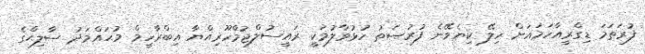
ފުރަތަމަ ޑިގްރީއާހަމައަށް ހިލޭ ކިޔެވޭނެ ފުރުޞަތު ހުޅުވާލުމަކީ ރައީސުލްޖުމްހޫރިއްޔާ އިބްރާހީމް މުޙައްމަދު ޞާލިޙްގެ